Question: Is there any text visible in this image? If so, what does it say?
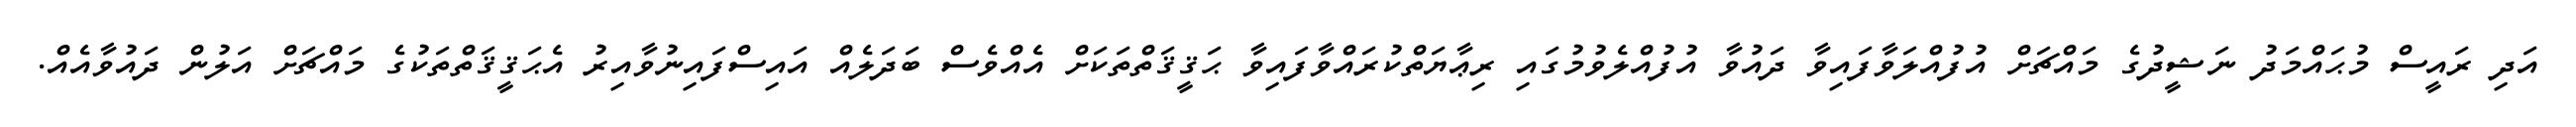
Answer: އަދި ރައީސް މުޙައްމަދު ނަޝީދުގެ މައްޗަށް އުފުއްލަވާފައިވާ ދައުވާ އުފުއްލެވުމުގައި ރިޢާޔަތްކުރައްވާފައިވާ ޙަޤީޤަތްތަކަށް އެއްވެސް ބަދަލެއް އައިސްފައިނުވާއިރު އެޙަޤީޤަތްތަކުގެ މައްޗަށް އަލުން ދައުވާއެއް.